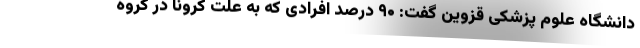
دانشگاه علوم پزشکی قزوین گفت: ۹۰ درصد افرادی که به علت کرونا در گروه